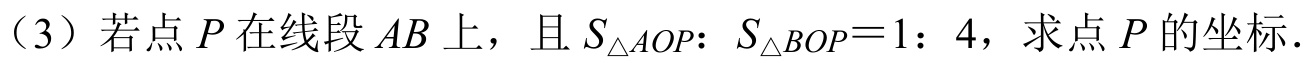
（3）若点\(P\)在线段\(AB\)上，且\(S_{\triangle AOP}:S_{\triangle BOP}=1:4\)，求点\(P\)的坐标．